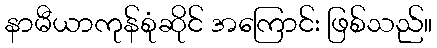
နာမီယာကုန်စုံဆိုင် အကြောင်း ဖြစ်သည်။